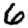
Digit: 6